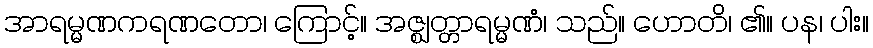
အာရမ္မဏကရဏတော၊ ကြောင့်။ အဇ္ဈတ္တာရမ္မဏံ၊ သည်။ ဟောတိ၊ ၏။ ပန၊ ပါး။